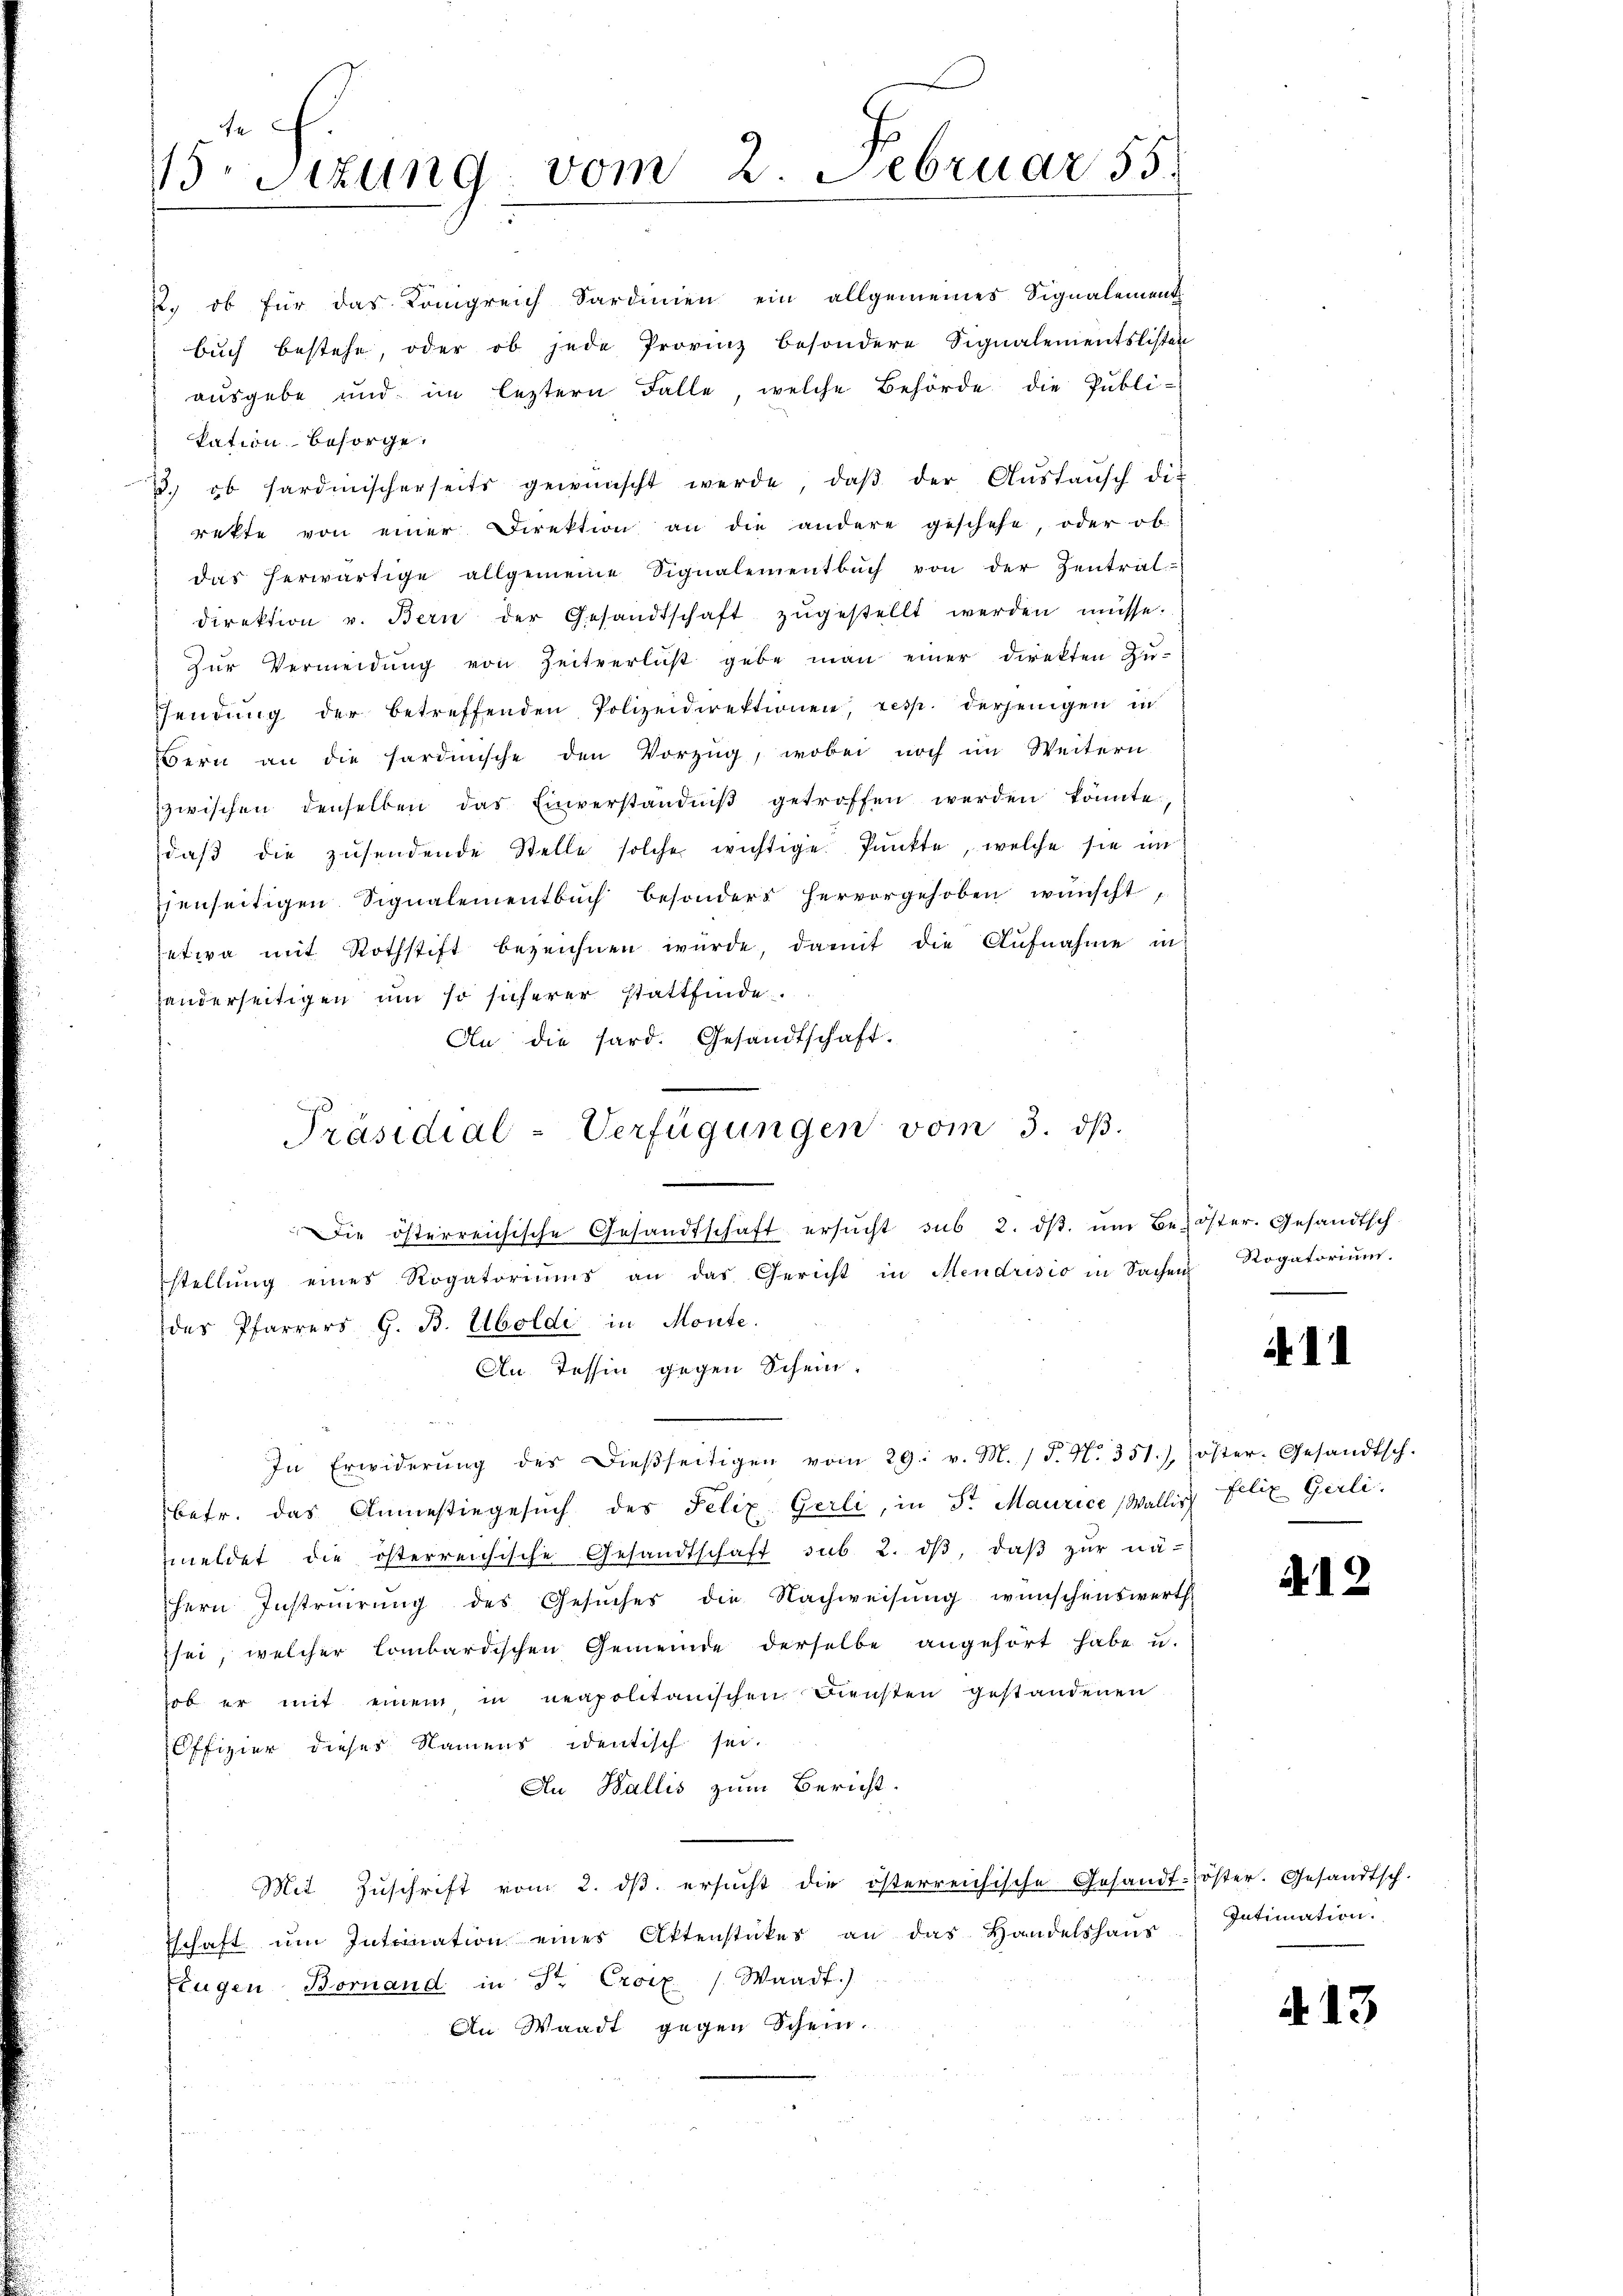
u. ob für das Königreich Sardinien ein allgemeines Signalement
bŭch bestehe, oder ob jede Provinz besondere Signalementslisten
ausgebe und im leztern Falle, welche Behörde die Publi-
kation besorge.
3. ob sardinischerseits gewünscht werde, daβ der Aŭstaŭsch die
rekte von einer Direktion an die andere geschehe, oder ob
das herwärtige allgemeine Signalementbŭch von der Zentral-
direktion v. Bern der Gesandtschaft zŭgestellt werden müsse.
Zŭr Vermeidŭng von Zeitverlust gebe man einer direkten Zŭ-
Hendŭng der betreffenden Polizeidirektionen, resp. derjenigen in
Bern an die hardische den Vorzug, wobei noch im Weitern
zwischen denselben das Einverständniβ getroffen werden könnte.
daβ die zŭsendende Stelle solche wichtige Punkte, welche sie im
fenseitigen Signalementbŭch besonders hervorgehoben wünscht,
etwa mit Rothstift bezeichnen würde, damit die Aufnahme in
handerseitigen um so sicherer stattfinde.
An die hard. Gesandtschaft.
Die österreichische Gesandtschaft ersŭcht sub 2. dβ. ŭm Bezöster. Gesandtsch-
stellŭng eines Rogatoriŭms an das Gericht in Mendrisio in Sachen Rogatoriŭm
des Pfarrers G. B. Albolde in Monte.
An Tessin gegen Schein-
In Erwiderŭng des Dieβseitigen vom 29. v. M. (T. N. 351), öster. Gesandtsch.
betr. das Anmestiegesuch des Felix Gerli, in St. Maurice (Wallis Felix Gerli
meldet die österreichische Gesandtschaft sub. 2. dβ, daβ zŭr nä-
hern Instruirung des Gesuches die Nachweisung wünschenswerth
sei, welcher lombardischen Gemeinde derselbe angehört habe u.
hob er mit einem in neapolitanischen Diensten gestandenen
Offizier dieser Namens identisch sei.
Au Wallis zum Bericht.
Mit Zŭschrift vom 2. dβ ersŭcht die österreichische Gesandt-öster. Gesandtsch.
schaft um Intimation eines Aktenstükes an das Handelshaus
Zeugen Bornand in Str. Croix (Waadt.)
An Waadt gegen Schein.

fa
VSizung vom 2. Februar 55.

Präsidial-Verfügungen vom 3. dβ.

d. 12

Intimation.

A. 13